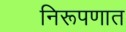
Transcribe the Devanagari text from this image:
निरूपणात